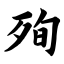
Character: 殉